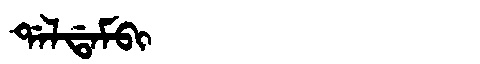
Manchu: ᡩᠠᠯᡩᠠᠮᠪᡳ
Romanization: DALDAMBI